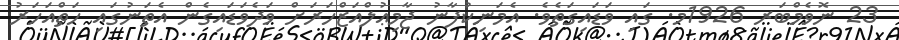
23 ނޮވެމްބަރ 1926މ. ގައި ވަޑައިގަތެވެ. އެމަނިކުފާނު ޖާމިޢުލްއަޒްހަރަށް ވަދެވަޑައިގެން އެތަނުގައި ހަތްއަހަރު